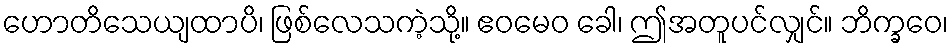
ဟောတိသေယျထာပိ၊ ဖြစ်လေသကဲ့သို့။ ဧဝမေဝ ခေါ၊ ဤအတူပင်လျှင်။ ဘိက္ခဝေ၊